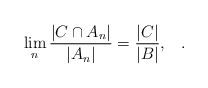
\begin{align*}\lim_n\frac{|C\cap A_n|}{|A_n|}=\frac{|C|}{|B|},\;\;\;.\end{align*}